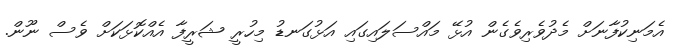
އެމަނިކުފާނަށް މެދުވެރިވެގެން އުޅޭ މައްސަލައިގައި އަޅުގަނޑު މިހުރީ ޝަރީފާ އެއްކޮޅަކަށް ވެސް ނޫން.